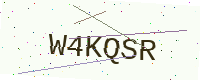
Text: W4KQSR